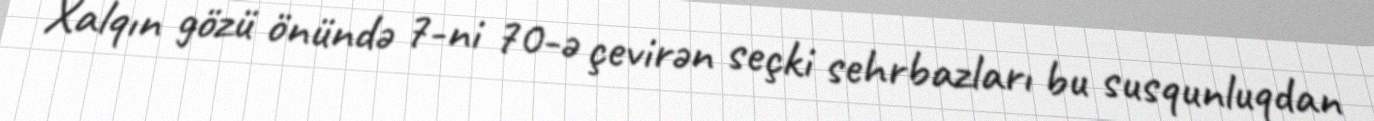
Xalqın gözü önündə 7-ni 70-ə çevirən seçki sehrbazları bu susqunluqdan